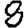
Digit: 8